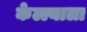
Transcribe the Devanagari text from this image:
केल्ल्याला